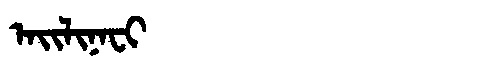
Manchu: ᠠᡳᠯᡳᠨᠠᠸᡳ
Romanization: AILINAFI